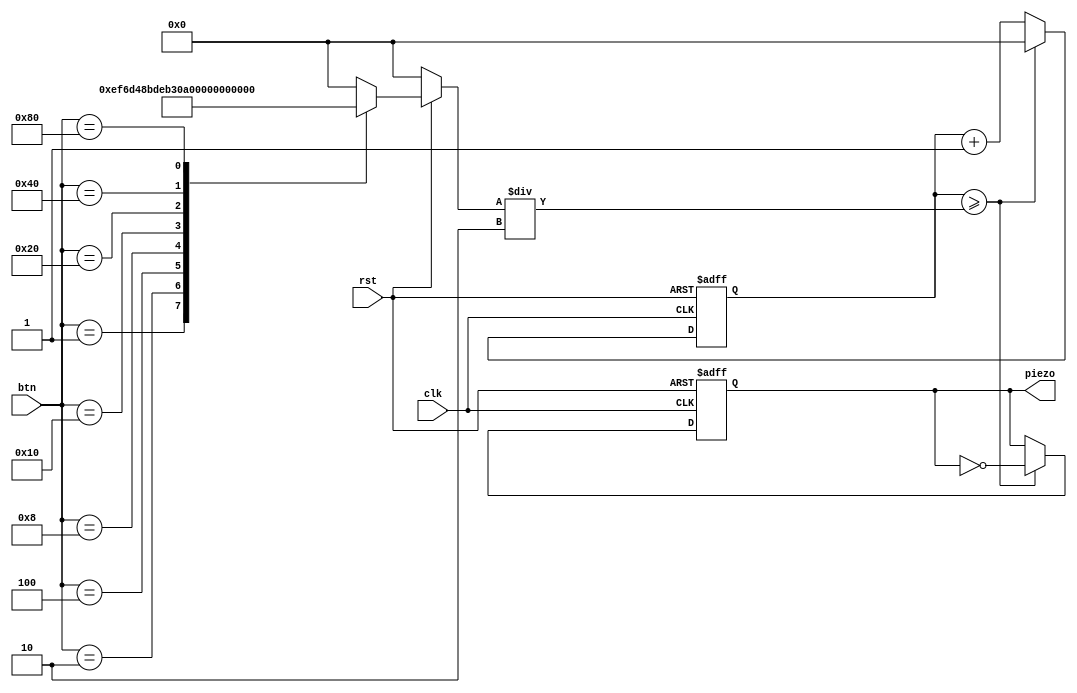
module piezo_basic(clk, rst, btn, piezo);

input clk, rst;
input [7:0] btn;
output reg piezo;

parameter C2 = 12'd3830;
parameter D2 = 12'd3400;
parameter E2 = 12'd3038;
parameter F2 = 12'd2864;
parameter G2 = 12'd2550;
parameter A2 = 12'd2272;
parameter B2 = 12'd2028;
parameter C3 = 12'd1912;

reg [11:0] cnt;
reg [11:0] cnt_limit;

always @(btn) begin
    if(!rst) cnt_limit = 0;
    else begin
        case(btn)
            8'b00000001 : cnt_limit = C2;  // do
            8'b00000010 : cnt_limit = D2;  // le
            8'b00000100 : cnt_limit = E2;  // mi
            8'b00001000 : cnt_limit = F2;  // pa
            8'b00010000 : cnt_limit = G2;  // sol
            8'b00100000 : cnt_limit = A2;  // la
            8'b01000000 : cnt_limit = B2;  // si
            8'b10000000 : cnt_limit = C3;  // Do
            default : cnt_limit = 0;
          endcase
       end
   end
   
   always @(posedge clk or negedge rst) begin
    if(!rst) begin
        cnt = 0;
        piezo = 0;
     end
     else if(cnt >= cnt_limit/2) begin
        piezo = ~piezo;
        cnt = 0;
     end
     else cnt = cnt + 1;
  end
  
  endmodule